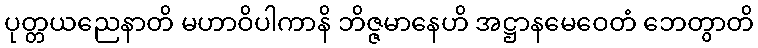
ပုတ္တယညေနာတိ မဟာဝိပါကာနိ ဘိဇ္ဇမာနေဟိ အဋ္ဌာနမေဝေတံ ဘေတွာတိ